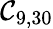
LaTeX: \mathcal{C}_{9,30}